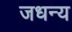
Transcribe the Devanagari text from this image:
जधन्य